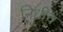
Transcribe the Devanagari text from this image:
निधीच